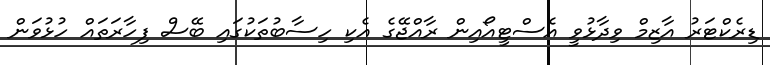
ޑިރެކްޓަރު އާޒިމް ވިދާޅުވީ އެސްޓީއޯއިން ރާއްޖޭގެ އެކި ހިސާބުތަކުގައި ބޭސް ފިހާރަތައް ހުޅުވަން